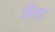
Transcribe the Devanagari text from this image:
कैंन्ड